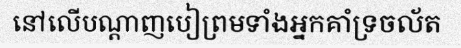
នៅលើបណ្តាញបៀព្រមទាំងអ្នកគាំទ្រចល័ត